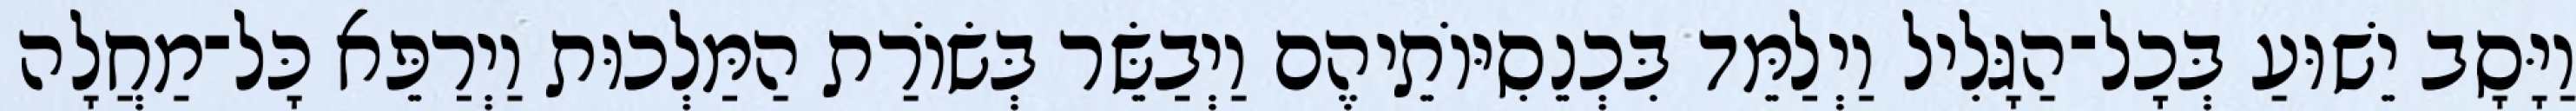
וַיָּסָב יֵשׁוּעַ בְּכָל־הַגָּלִיל וַיְלַמֵּד בִּכְנֵסִיּוֹתֵיהֶם וַיְבַשֵּׂר בְּשׂוֹרַת הַמַּלְכוּת וַיְרַפֵּא כָּל־מַחֲלָה